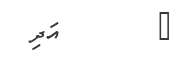
٢        އަދި